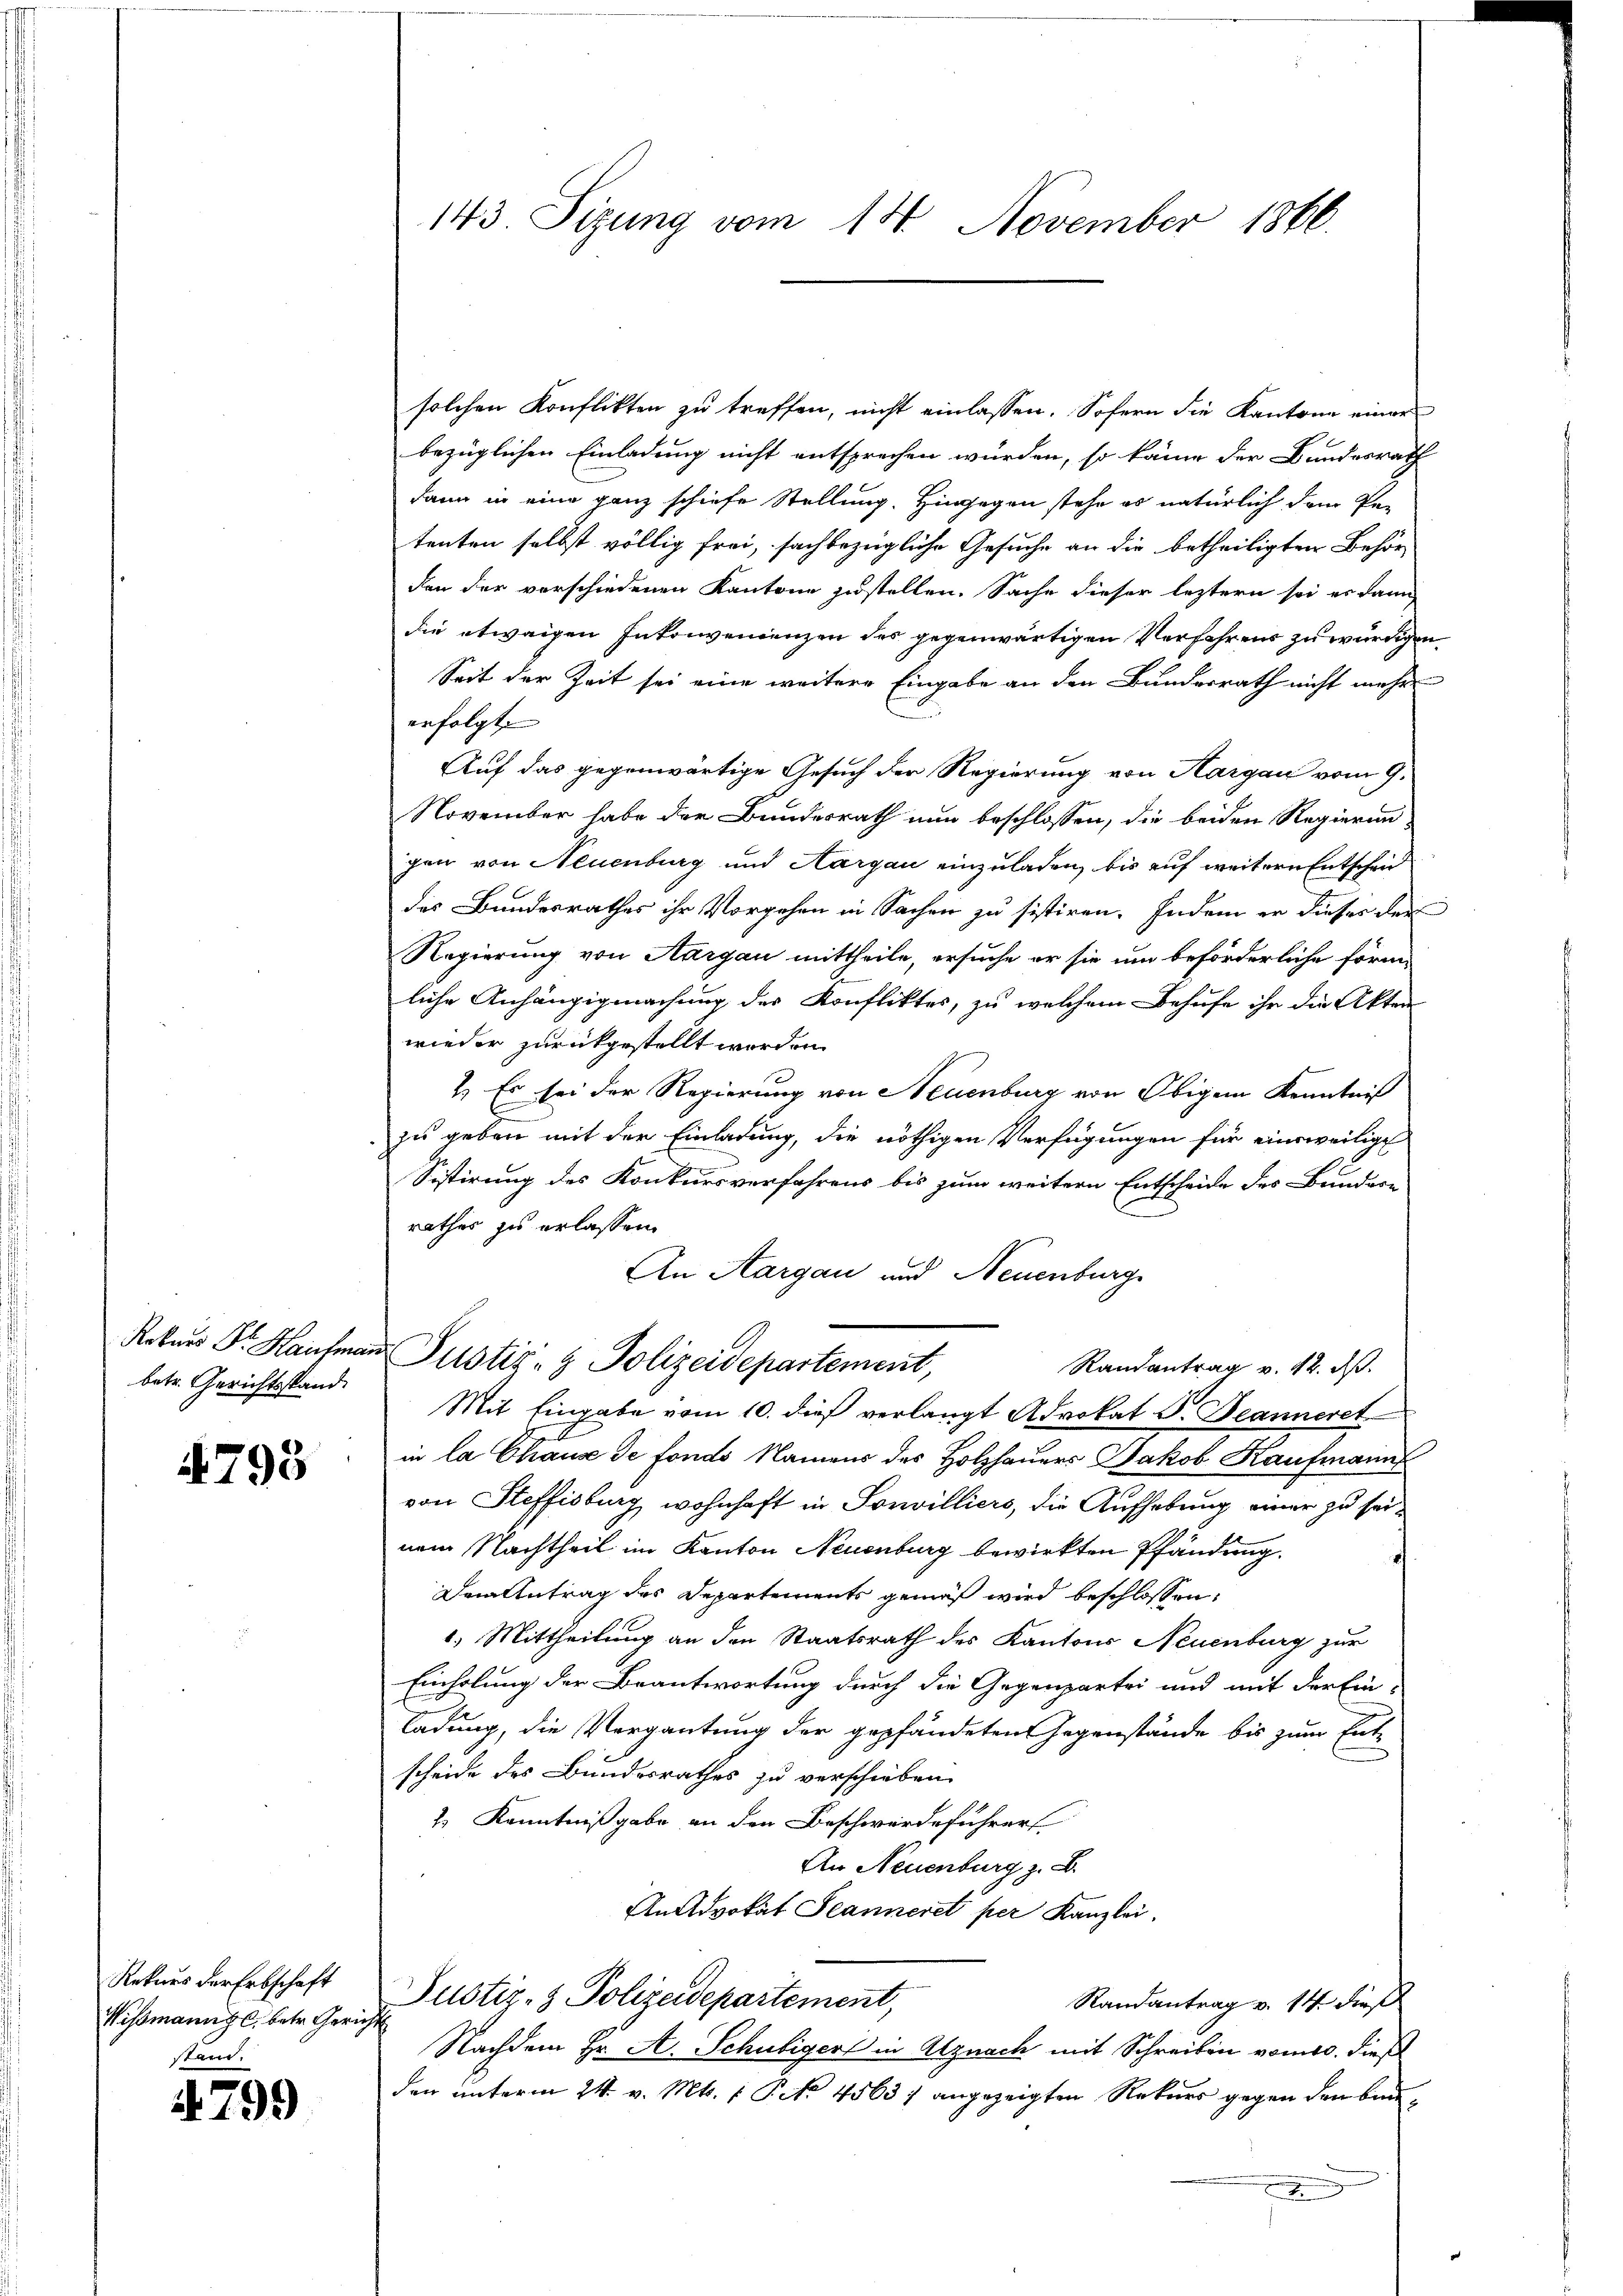
Robers Dr. Hausma
betr. Gerichtsstand.

4798

Rekurs der Erbschaft
Wismann gl. betr. Geric
stand.

799

143 Sizung vom 14. November 1866.

solchen Konflikten zu treffen, nicht einlassen. Sofern die Kantone einer
bezüglichen Einladung nicht entsprechen würden, so käme der Bundesrath
dann in eine ganz schiefe Stellung. Hingegen stehe es natürlich dem Re-
tenten selbst völlig frei, sachbezügliche Gesuche an die betheiligten Behör
den der verschiedenen Kantone zustellen. Sache dieser leztern sei es dann
die etwaigen Inkonvenienzen des gegenwärtigen Verfahrens zu würdigen
Seit der Zeit sei eine weitere Eingabe an den Bundesrath nicht mehr
erfolgt. |
Auf das gegenwärtige Gesuch der Regierung von Aargau vom 9.
November habe der Bundesrath nun beschlossen, die beiden Regierungen von Neuenburg und Aargau einzuladen, bis auf weitern Entscheid
des Bundesrathes ihr Vorgehen in Sachen zu sistiren. Indem er dieses der
Regierung von Aargau mittheile, ersuche er sie um beförderliche förmliche Anhängigmachung der Konfliktes, zu welchem Behufe ihr die Akten
wieder zurückgestellt worden.
2.) Es sei der Regierung von Neuenburg von Obigem Kenntniß
zu geben mit der Einladung, die nöthigen Verfügungen für einsweilige
.
Sistirung des Konkursverfahrens bis zum weitern Entscheide des Bundere
rathes zu erlassen.
An Aargau und Neuenburg
in Justiz- & Polizeidepartement,
Randantrag v. 12. ds.
Mit Eingabe vom 10. dieß verlangt Advokat P. Jeanneret
in la Chaus de fonds Namens des Holzhauers Jakob Kaufmann
von Steffisburg wohnhaft in Sonvilliers, die Aufhebung einer zu seinem Nachtheil im Kanton Neuenburg bewirkten Pfändung.
Dem Antrag des Departements gemäß wird beschlossen:
1.) Mittheilung an den Staatsrath des Kantons Neuenburg zur
Einholung der Beantwortung durch die Gegenpartei und mit der Einladung, die Vergantung der gepfändeten Gegenstände bis zum Entscheide des Bundesrathes zu verschieben.
1) Kenntnißgabe an den Beschwerdeführer
An Neuenburg z. B.
An Advokat Seanneret per Kanzlei,
Justiz- & Polizeidepartement,
Randantrag v. 14. dieß
r
Nachdem Hr. A. Schubiger in Alznach mit Schreiben vom 10. dieß
den unterm 24. v. Mts. 1. P. Nr. 45637 angezeigten Rekurs gegen den Bau¬
I